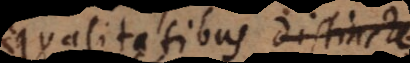
qualitatibus distincte